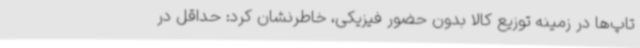
تاپ‌ها در زمینه توزیع کالا بدون حضور فیزیکی، خاطرنشان کرد: حداقل در